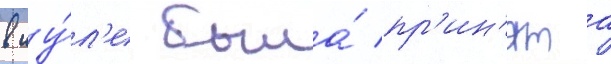
в иу́л'е была́ пр'ин'ята